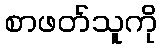
စာဖတ်သူကို